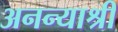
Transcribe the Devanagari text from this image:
अनन्याश्री